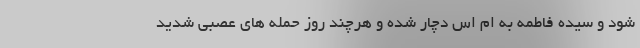
شود و سیده فاطمه به ام اس دچار شده و هرچند روز حمله های عصبی شدید